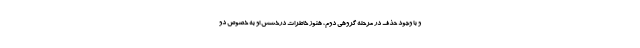
و با وجود حذف در مرحله گروهی دوم، هنوز خاطرات درخشش او به خصوص دو